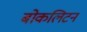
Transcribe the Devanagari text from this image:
बोकलिटन